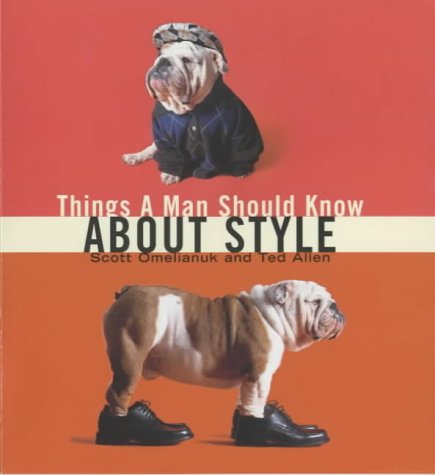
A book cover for Things a Man Should Know About Style; Scott Omelianuk; Health, Fitness & Dieting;